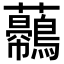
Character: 𧅿